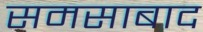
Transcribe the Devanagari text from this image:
समसाबाद